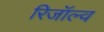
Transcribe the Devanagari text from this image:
रिजॉल्व